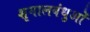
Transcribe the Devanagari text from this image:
शृगालबंधुओं